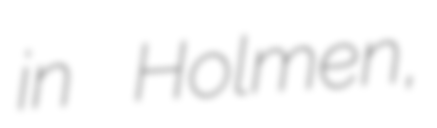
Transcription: in Holmen,